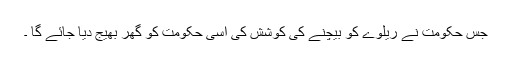
جس حکومت نے ریلوے کو بیچنے کی کوشش کی اسی حکومت کو گھر بھیج دیا جائے گا ۔